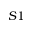
S 1